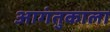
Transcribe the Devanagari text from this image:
आगंतुकाला